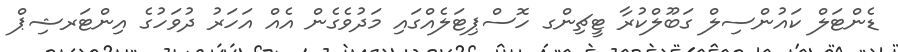
ޑެންޓަލް ކައުންސިލް ގަބޫލްކުރާ ޓީޗިންގ ހޮސްޕިޓަލެއްގައި މަދުވެގެން އެއް އަހަރު ދުވަހުގެ އިންޓަރޝިޕް